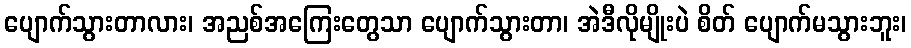
ပျောက်သွားတာလား၊ အညစ်အကြေးတွေသာ ပျောက်သွားတာ၊ အဲဒီလိုမျိုးပဲ စိတ် ပျောက်မသွားဘူး၊